Report of an investigation of the epidemic of malarial fever in Assam, or, kala-azar
Disease focus: Malaria
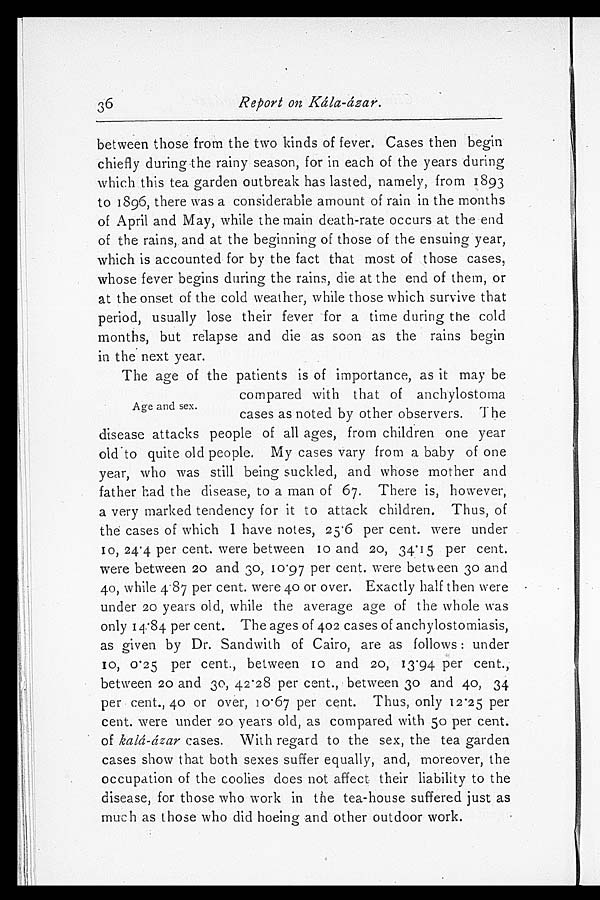
Report on Kála-ázar.
between those from the two kinds of fever, Cases then begin
chiefly during the rainy season, for in each of the years during
which this tea garden outbreak has lasted, namely, from 1893
to 1896, there was a considerable amount of rain in the months
of April and May, while the main death-rate occurs at the end
of the rains, and at the beginning of those of the ensuing year,
which is accounted for by the fact that most of those cases,
whose fever begins during the rains, die at the end of them, or
at the onset of the cold weather, while those which survive that
period, usually lose their fever for a time during the cold
months, but relapse and die as soon as the rains begin
in the next year.
The age of the patients is of importance, as it may be
compared with that of anchylostoma
cases as noted by other observers. The
disease attacks people of all ages, from children one year
ol d t o qui t e ol d peopl e. My cases vary from a baby of one
year, who was still being suckled, and whose mother and
father had the disease, to a man of 67. There is, however,
a very marked tendency for it to attack children. Thus, of
the cases of which I have notes, 25.6 per cent. were under
10, 24.4 per cent. were between 10 and 20, 34.15 per cent.
were between 20 and 30, 10.97 per cent. were between 30 and
4 0 , wh i l e 4 . 8 7 p e r c e n t . we r e 4 0 o r o v e r . E x a c t l y h a l f t h e n we r e
under 20 years old, while the average age of the whole was
only 14.84 per cent. The ages of 402 cases of anchylostomiasis,
as given by Dr. Sandwith of Cairo, are as follows: under
10, 0.25 per cent., between 10 and 20, 13.94 per cent.,
between 20 and 30, 42.28 per cent., between 30 and 40, 34
per cent., 40 or over, 10.67 per cent. Thus, only 12.25 per
cent. were under 20 years old, as compared with 50 per cent.
of kalá-ázar cases. With regard to the sex, the tea garden
cases show that both sexes suffer equally, and, moreover, the
occupation of the coolies does not affect their liability to the
disease, for those who work in the tea-house suffered just as
much as those who did hoeing and other outdoor work.
36
Age and sex.